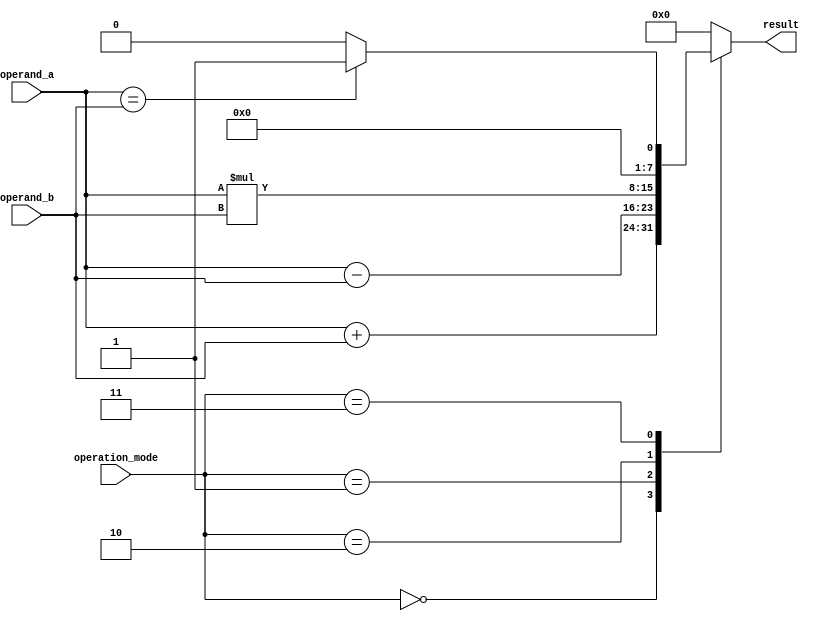
module ALU (
    input [7:0] operand_a,
    input [7:0] operand_b,
    input [2:0] operation_mode,
    output reg [7:0] result
);

always @ (*)
begin
    case(operation_mode)
        3'b000: result = operand_a + operand_b; // Addition
        3'b001: result = operand_a - operand_b; // Subtraction
        3'b010: result = operand_a * operand_b; // Multiplication
        3'b011: result = (operand_a == operand_b) ? 8'b00000001 : 8'b00000000; // Comparison
        default: result = 8'b00000000;
    endcase
end

endmodule